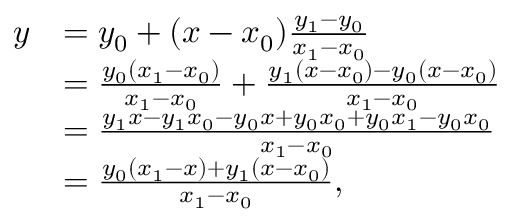
{ \begin{array} { r l } { y } & { = y _ { 0 } + ( x - x _ { 0 } ) { \frac { y _ { 1 } - y _ { 0 } } { x _ { 1 } - x _ { 0 } } } } \\ & { = { \frac { y _ { 0 } ( x _ { 1 } - x _ { 0 } ) } { x _ { 1 } - x _ { 0 } } } + { \frac { y _ { 1 } ( x - x _ { 0 } ) - y _ { 0 } ( x - x _ { 0 } ) } { x _ { 1 } - x _ { 0 } } } } \\ & { = { \frac { y _ { 1 } x - y _ { 1 } x _ { 0 } - y _ { 0 } x + y _ { 0 } x _ { 0 } + y _ { 0 } x _ { 1 } - y _ { 0 } x _ { 0 } } { x _ { 1 } - x _ { 0 } } } } \\ & { = { \frac { y _ { 0 } ( x _ { 1 } - x ) + y _ { 1 } ( x - x _ { 0 } ) } { x _ { 1 } - x _ { 0 } } } , } \end{array} }